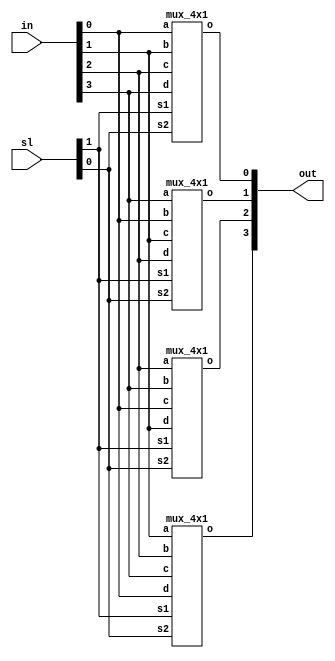
module barrel_shifter(in,sl,out);
input [3:0]in;
input [1:0]sl;
output [3:0]out;

mux_4x1 x1(in[0],in[1],in[2],in[3],sl[1],sl[0],out[0]);
mux_4x1 x2(in[3],in[0],in[1],in[2],sl[1],sl[0],out[1]);
mux_4x1 x3(in[2],in[3],in[0],in[1],sl[1],sl[0],out[2]);
mux_4x1 x4(in[1],in[2],in[3],in[0],sl[1],sl[0],out[3]);

endmodule

module mux_4x1(a,b,c,d,s1,s2,o);
input a,b,c,d,s1,s2;
output o;
assign o=
     ~s1&~s2&a |     //s2-lsb select line //s1-msb select line
	 s1&~s2&b |
	~s1&s2&c |
	s1&s2&d ;
endmodule